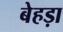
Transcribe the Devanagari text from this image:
बेहड़ा